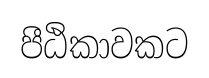
පීඨිකාවකට